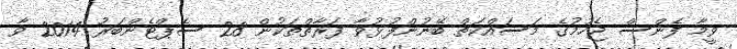
ވީމާ ފެންސް ޖެހުމުގެ މަސައްކަތް ބޭނުންފުޅުވާ ފަރާތްތަކުން 28 ސެޕްޓެންބަރު 2014 ވާ